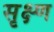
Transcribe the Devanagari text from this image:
सृक्ष्‍ण